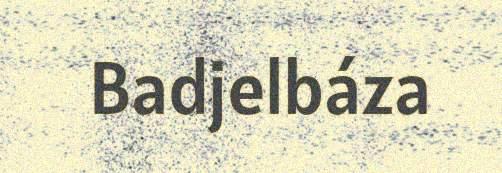
Badjelbáza